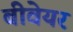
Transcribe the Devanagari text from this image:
बीवेयर